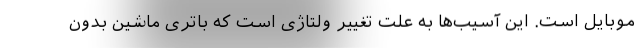
موبایل است. این آسیب‌ها به علت تغییر ولتاژی است که باتری ماشین بدون